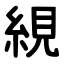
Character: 絸